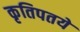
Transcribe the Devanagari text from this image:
कृतिपतये